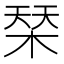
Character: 𣓁